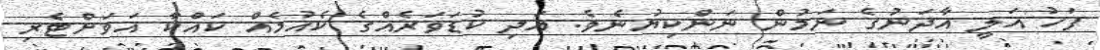
ފަހު އަލީ އާދަނުގެ ނަމުން ނަންކިޔުނެވެ. އަދި ކުޑަވަރެއްގެ ކެއުމެއް ކައްކާ އަވަށްޓެރި